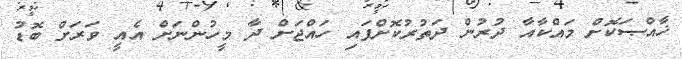
ޚާއްޞަކޮށް މައްކާއާ ދުރުން ދަތުރުކޮށްފައި ހައްޖަށް ދާ މީހުންނަށް އެއީ ވަރަށް ބޮޑު